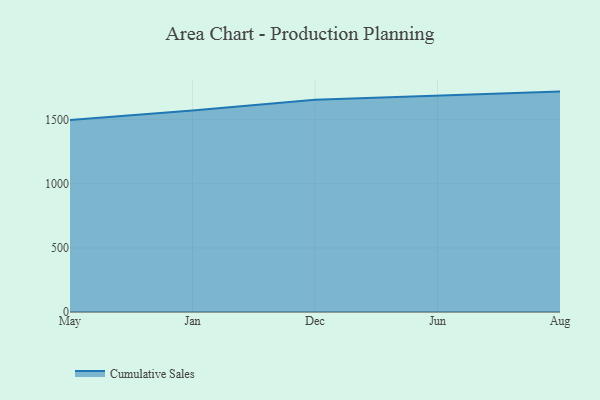
{"axis": {"x": "Month", "y": "Production Output"}, "legend": ["Cumulative Sales"], "data": [{"x": "May", "y": 1497.5, "type": "Cumulative Sales"}, {"x": "Jan", "y": 1570.9, "type": "Cumulative Sales"}, {"x": "Dec", "y": 1655.0, "type": "Cumulative Sales"}, {"x": "Jun", "y": 1685.6, "type": "Cumulative Sales"}, {"x": "Aug", "y": 1718.8, "type": "Cumulative Sales"}]}